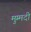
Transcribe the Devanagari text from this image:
मुम्मदी